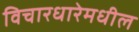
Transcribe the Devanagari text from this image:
विचारधारेमधील